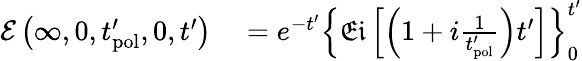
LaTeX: \begin{array}{rl}{\mathcal{E}\left(\infty,0,t_{\mathrm{pol}}^{\prime},0,t^{\prime}\right)}&{{}=e^{-t^{\prime}}\left\{ \mathfrak{Ei}\left[\left(1+i\frac{1}{t_{\mathrm{pol}}^{\prime}}\right)t^{\prime}\right]\right\} _{0}^{t^{\prime}}}\end{array}